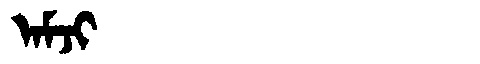
Manchu: ᠠᠮᠵᡳ
Romanization: AMJI